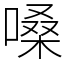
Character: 嗓